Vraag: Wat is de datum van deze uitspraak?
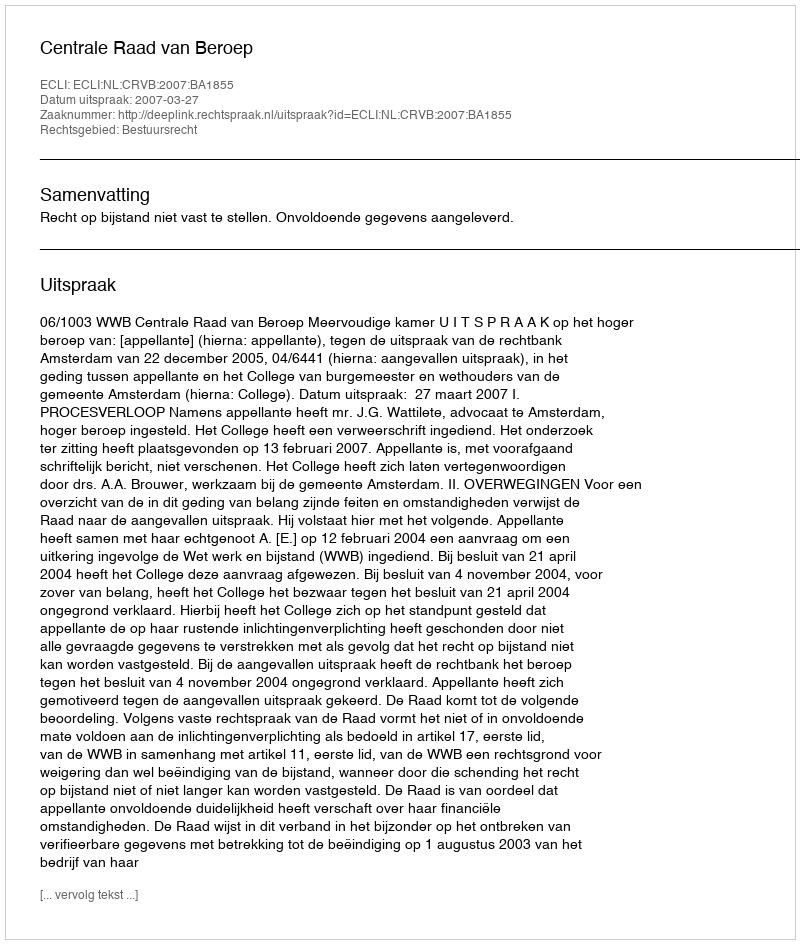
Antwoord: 2007-03-27